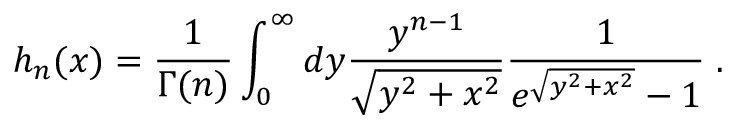
h _ { n } ( x ) = \frac { 1 } { \Gamma ( n ) } \int _ { 0 } ^ { \infty } d y \frac { y ^ { n - 1 } } { \sqrt { y ^ { 2 } + x ^ { 2 } } } \frac { 1 } { e ^ { \sqrt { y ^ { 2 } + x ^ { 2 } } } - 1 } \; .